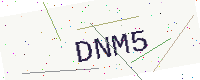
Text: DNM5